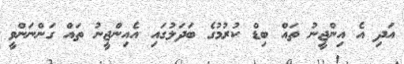
އަދި އެ އިންޖީނު ތައް ބިޑް ކުރުމުގެ ބަދަލުގައި އެއިންޖީނު ތައް ގަންނަންވީ